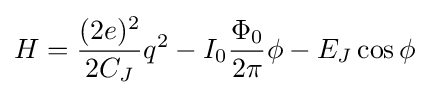
H={\frac {(2e)^{2}}{2C_{J}}}q^{2}-I_{0}{\frac {\Phi _{0}}{2\pi }}\phi -E_{J}\cos \phi